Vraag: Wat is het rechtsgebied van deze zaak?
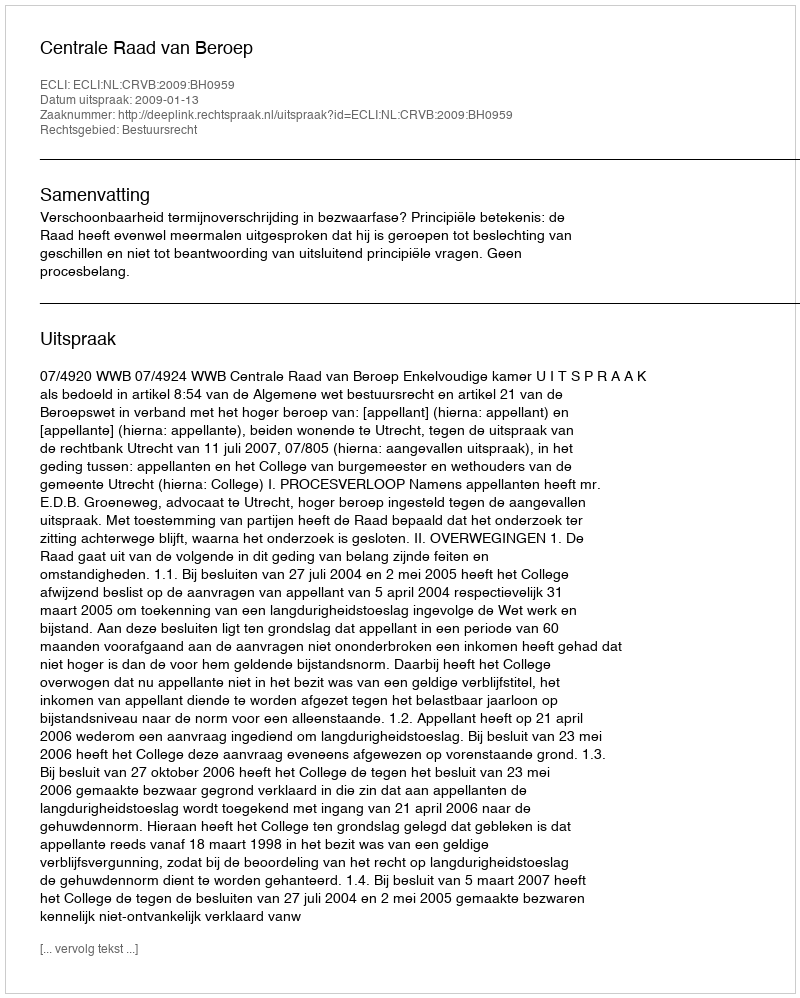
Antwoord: Bestuursrecht